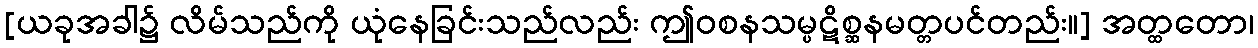
[ယခုအခါ၌ လိမ်သည်ကို ယုံနေခြင်းသည်လည်း ဤဝစနသမ္ပဋိစ္ဆနမတ္တပင်တည်း။] အတ္ထတော၊